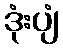
ဒုံးပျံ